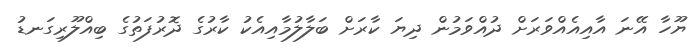
ޔޫހާ އޭނަ އާއިއެއްވަރަށް ދުއްވަމުން ދިޔަ ކާރަށް ބަލާލުމާއިއެކު ކާރުގެ ދޮރުފަތުގެ ބިއްލޫރިގަނޑު